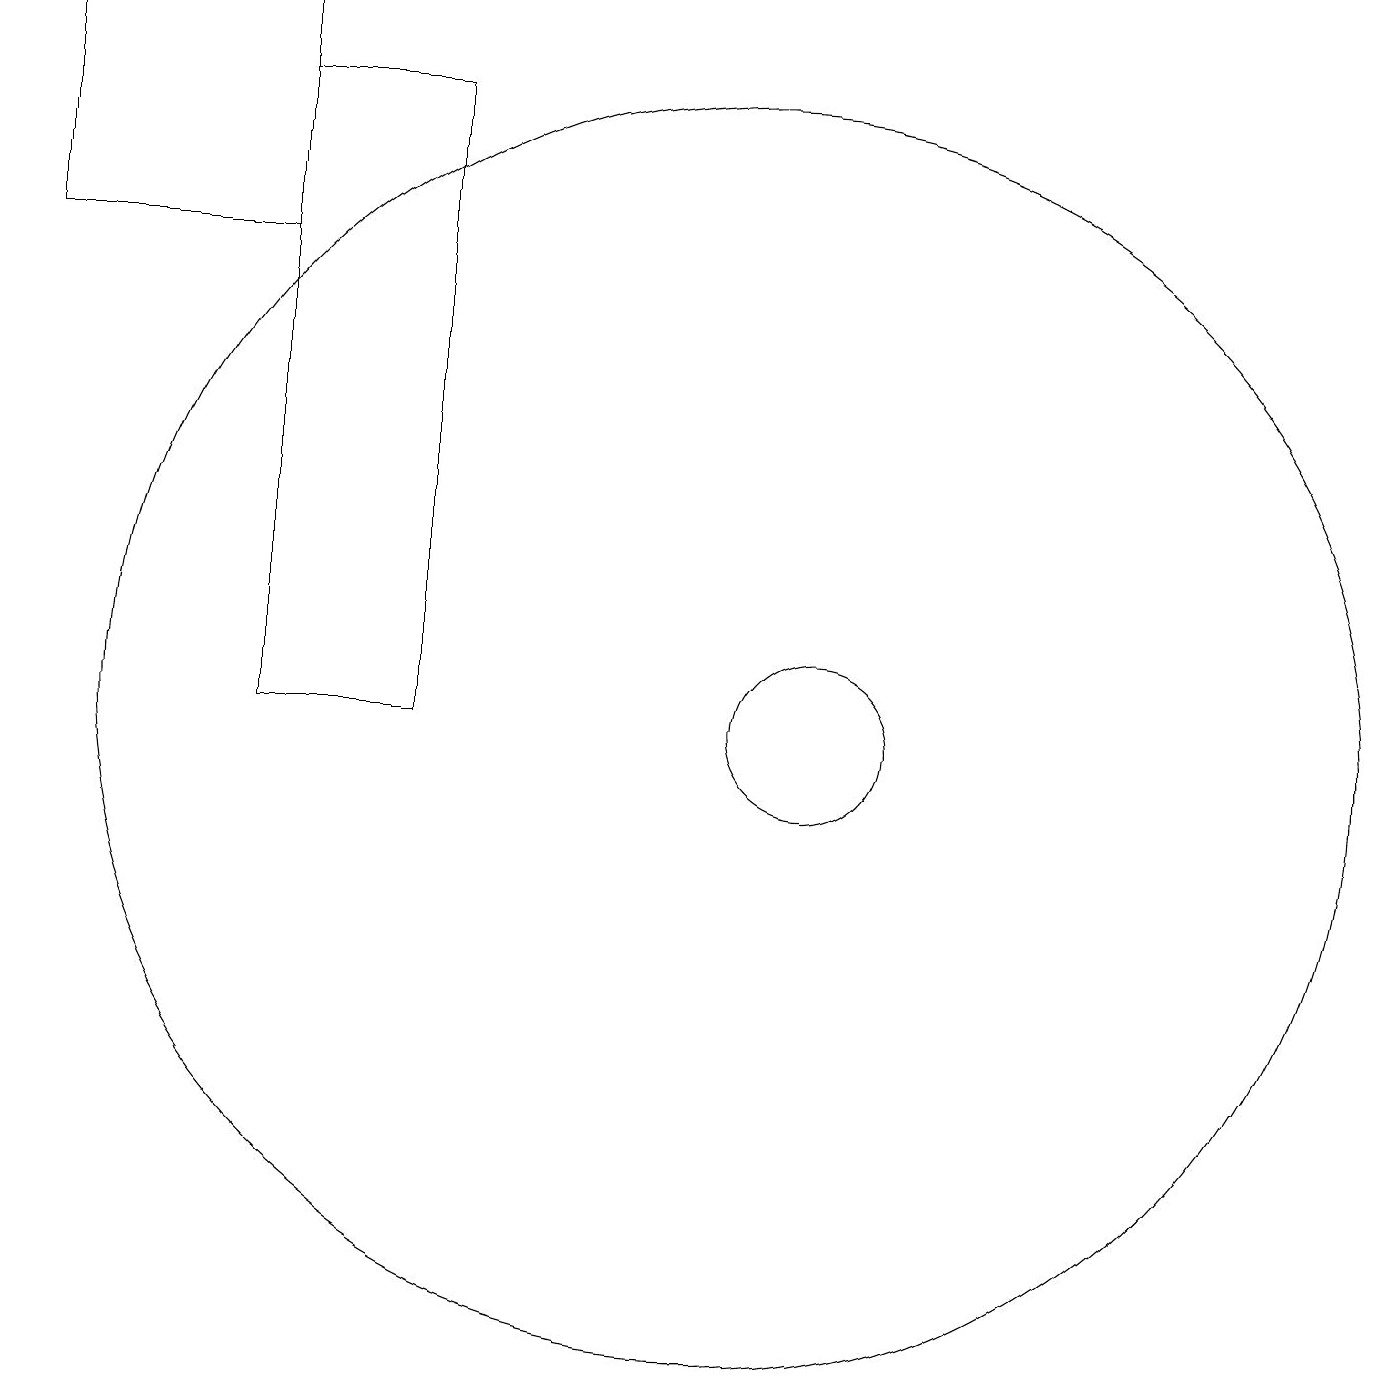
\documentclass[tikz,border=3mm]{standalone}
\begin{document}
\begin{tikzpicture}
\draw (6,18) rectangle (4,10);
\draw (4,19) rectangle (1,16);
\draw (10,10) circle (8);
\draw (11,10) circle (1);
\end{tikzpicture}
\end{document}